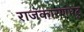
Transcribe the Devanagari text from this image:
राजकारणपटु